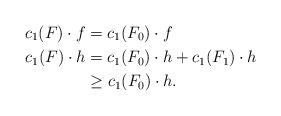
LaTeX: \begin{align*} c_1(F)\cdot f &= c_1(F_0)\cdot f \\ c_1(F) \cdot h &= c_1 (F_0)\cdot h + c_1(F_1)\cdot h \\ &\geq c_1(F_0)\cdot h. \end{align*}